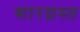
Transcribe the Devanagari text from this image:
भारग्रस्त